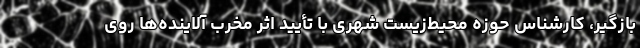
بازگیر، کارشناس حوزه محیط‌زیست شهری با تأیید اثر مخرب آلاینده‌ها روی